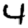
Digit: 4